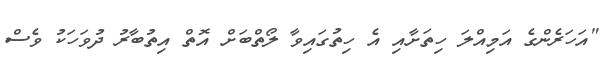
"އަހަރެންގެ އަމިއްލަ ހިތަށާއި އެ ހިތުގައިވާ ލޯތްބަށް އޮތް އިތުބާރު ދުވަހަކު ވެސް